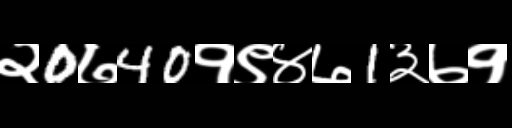
Text: २0७40१९४७1३७१